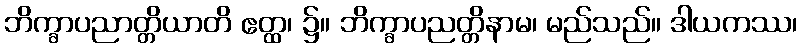
ဘိက္ခာပညာတ္တိယာတိ ဧတ္ထ၊ ၌။ ဘိက္ခာပညတ္တိနာမ၊ မည်သည်။ ဒါယကဿ၊